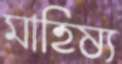
মাহিষ্য